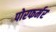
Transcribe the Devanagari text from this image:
पोरफर्मर